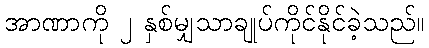
အာဏာကို ၂ နှစ်မျှသာချုပ်ကိုင်နိုင်ခဲ့သည်။